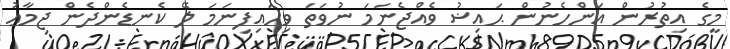
މީގެ އިތުރުން އަންހެނުން ޙައިޟު ވެއްޖެނަމަ ނުވަތަ ވިހައިފިނަމަ ލޭ ކެނޑެންދެން ޖިމާޢު